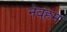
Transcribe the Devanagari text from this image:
नेवंहम